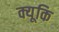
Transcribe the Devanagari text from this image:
क्यूकि